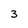
Character: 3